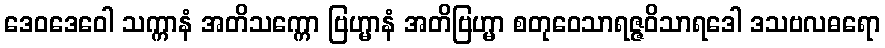
ဒေဝဒေဝေါ သက္ကာနံ အတိသက္ကော ဗြဟ္မာနံ အတိဗြဟ္မာ စတုဝေသာရဇ္ဇဝိသာရဒေါ ဒသဗလဓရော